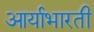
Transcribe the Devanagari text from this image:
आर्याभारती